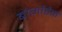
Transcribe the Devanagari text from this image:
बोर्गोहैन